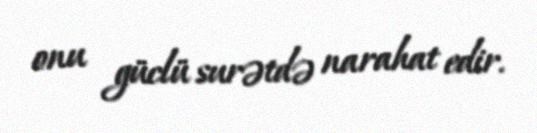
onu güclü surətdə narahat edir.